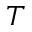
T